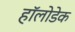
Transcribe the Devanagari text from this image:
हॉलोडेक